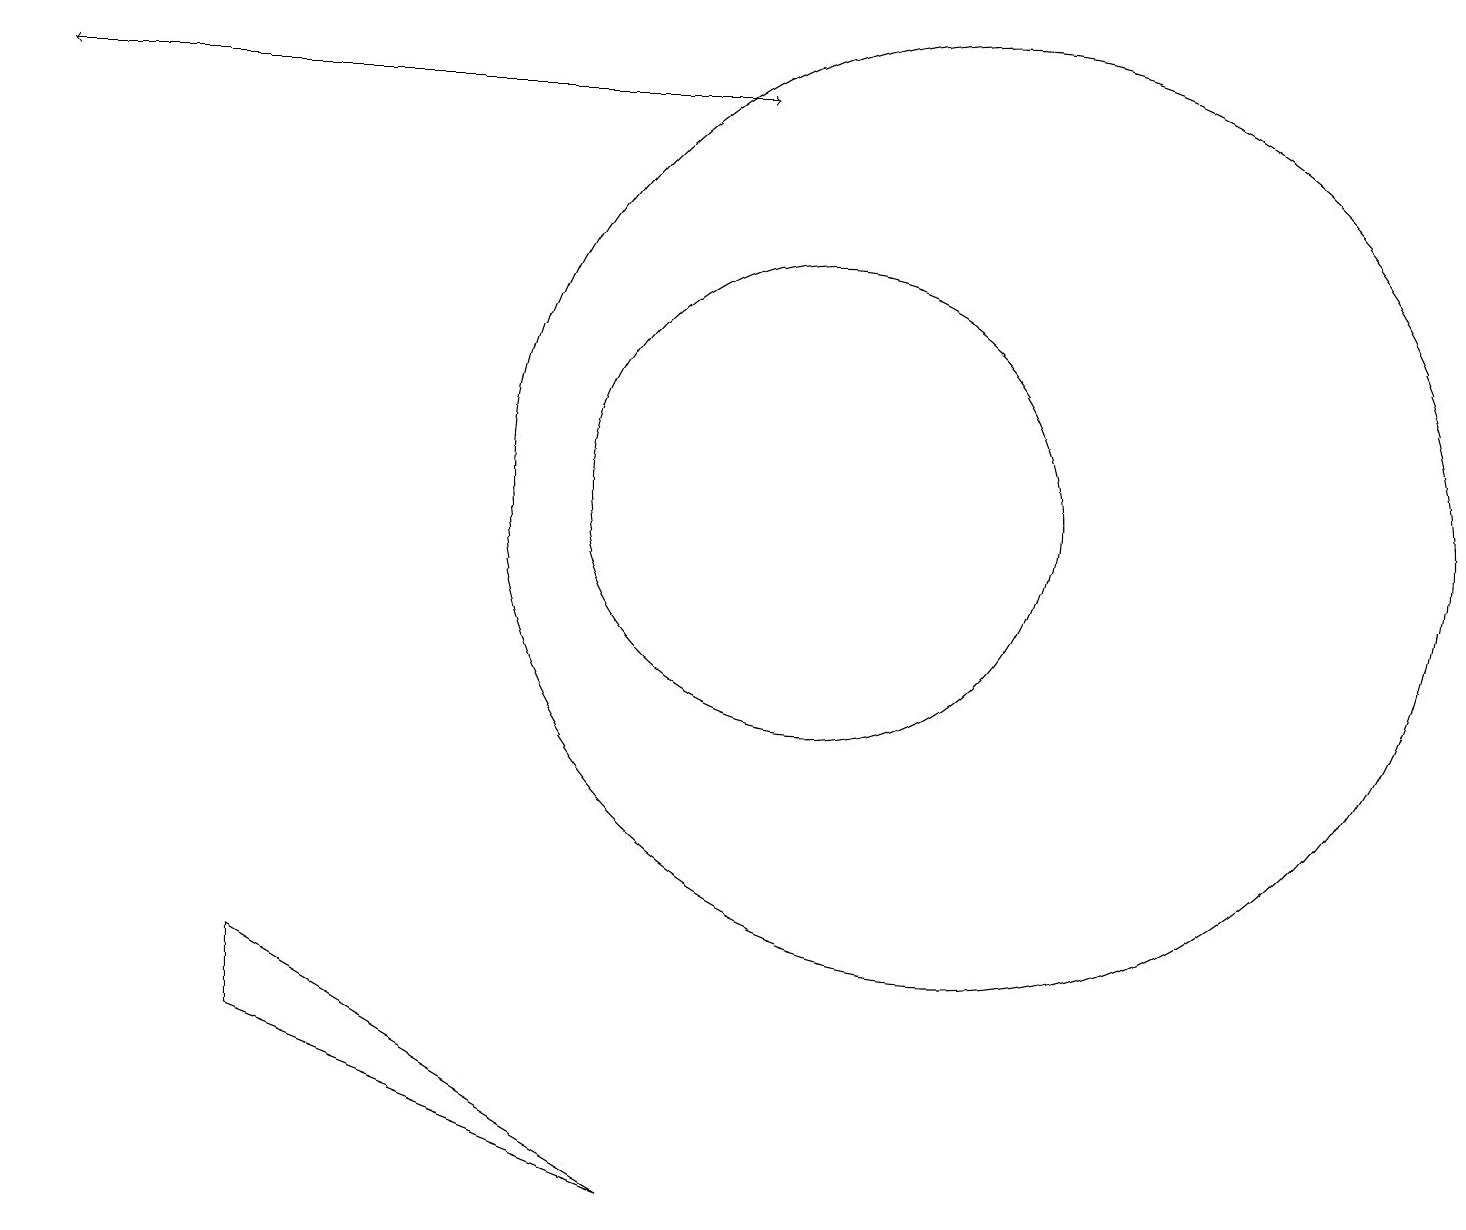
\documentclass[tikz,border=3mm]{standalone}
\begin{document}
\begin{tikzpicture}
\draw[->] (2,17) -- (0,17);
\draw[->] (0,17) -- (9,17);
\draw (3,6) -- (3,5) -- (8,3) -- cycle;
\draw (10,12) circle (3);
\draw (12,12) circle (6);
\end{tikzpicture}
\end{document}